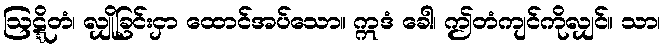
ဩဋ္ဋိတံ၊ လျှိုခြင်းငှာ ထောင်အပ်သော။ ဣဒံ ခေါ၊ ဤတံကျင်ကိုလျှင်။ သာ၊